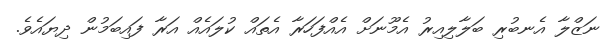
ނަޒްލާ އެނބުރި ބަލާލިއިރު އެމޫނަށް އެއްފަހަރާ އެތައް ކުލައެއް އަރާ ފައިބަމުން ދިޔައެވެ.